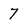
Character: 7